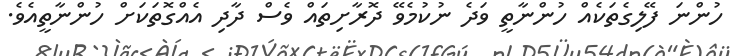
ހުންނަ ފޭލިގެތަކެއް ހުންނާތީ ވަދެ ނުކުމެވޭ ދޮރާށިތައް ވެސް ދާދި އެއްގޮތަކަށް ހުންނާތީއެވެ.